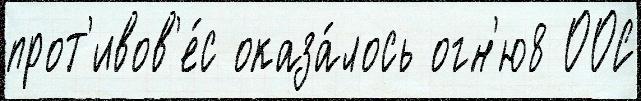
прот'ивов'е́с оказа́лось огн'ю8 ООС